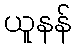
ယူနန်